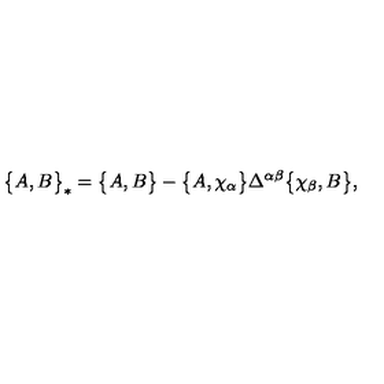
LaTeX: \bigl \{ A , B \bigr \} _ { * } = \bigl \{ A , B \bigr \} - \bigl \{ A , \chi _ { \alpha } \bigr \} \Delta ^ { \alpha \beta } \bigl \{ \chi _ { \beta } , B \bigr \} ,